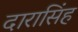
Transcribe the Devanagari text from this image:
दारासिंह